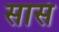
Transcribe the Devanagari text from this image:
सासं